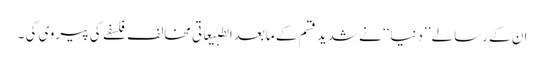
ان کے رسالے ’’دنیا‘‘ نے شدید قسم کے مابعدالطبیعاتی مخالف فلسفے کی پیروی کی ۔